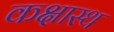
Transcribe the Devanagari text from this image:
कक्षास्थ